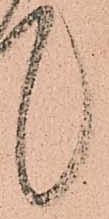
言